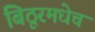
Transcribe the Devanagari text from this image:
बिठूरमधेच